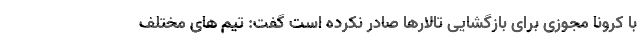
با کرونا مجوزی برای بازگشایی تالارها صادر نکرده است گفت: تیم های مختلف